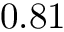
0 . 8 1